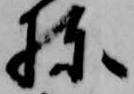
棟